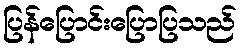
ပြန်ပြောင်းပြောပြသည်